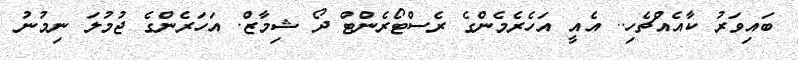
ބައިވަރު ކާއެއްޗެހި.. އެއީ އަހެރެމެންގެ ރެސްޓޯރެންޓް ދޯ ޝިމާޒް. އަހަރެންގެ ޖުމުލަ ނިމުނު